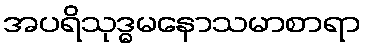
အပရိသုဒ္ဓမနောသမာစာရာ